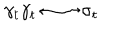
LaTeX: \gamma _ { t } \gamma _ { t } \longleftrightarrow \sigma _ { t }